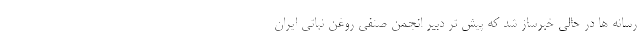
رسانه ها در حالی خبرساز شد که پیش تر دبیر انجمن صنفی روغن نباتی ایران